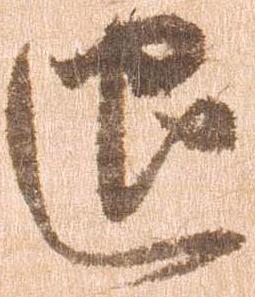
退